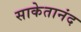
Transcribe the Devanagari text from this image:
साकेतानंद